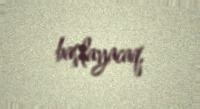
başlayacaq.